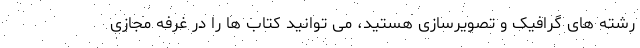
رشته های گرافیک و تصویرسازی هستید، می توانید کتاب ها را در غرفه مجازی